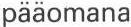
pääomana